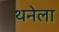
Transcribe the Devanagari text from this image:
थनेला